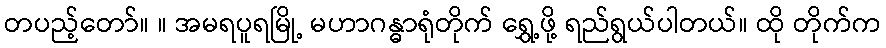
တပည့်တော်။ ။ အမရပူရမြို့ မဟာဂန္ဓာရုံတိုက် ရွှေ့ဖို့ ရည်ရွယ်ပါတယ်။ ထို တိုက်က